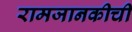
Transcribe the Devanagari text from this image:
रामजानकीची